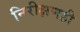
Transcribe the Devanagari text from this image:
निरीक्षणही